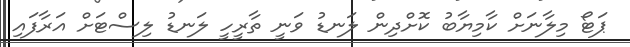
ޕަޓޯ މިލާނަށް ކާމިޔާބު ކޮށްދިން ލަނޑު ވަނީ ތާރީހީ ލަނޑު ލިސްޓަށް އަރާފައި